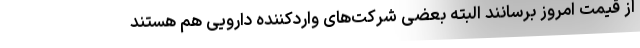
از قیمت امروز برسانند البته بعضی شرکت‌های واردکننده دارویی هم هستند